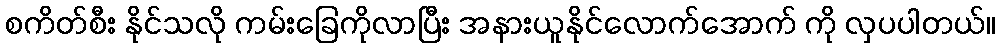
စကိတ်စီး နိုင်သလို ကမ်းခြေကိုလာပြီး အနားယူနိုင်လောက်အောက် ကို လှပပါတယ်။